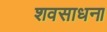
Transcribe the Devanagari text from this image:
शवसाधना